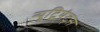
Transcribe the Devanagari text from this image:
न्यूट्रियंट्स